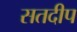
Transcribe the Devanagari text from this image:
सतदीप